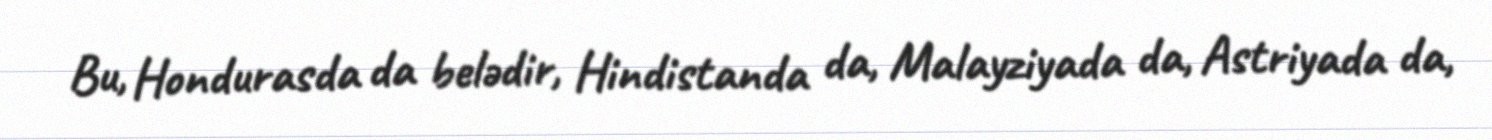
Bu, Hondurasda da belədir, Hindistanda da, Malayziyada da, Astriyada da,